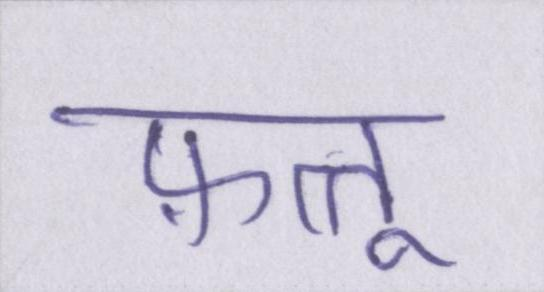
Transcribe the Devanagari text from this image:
फ़त्तू